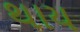
થાય